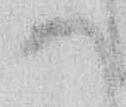
め